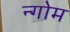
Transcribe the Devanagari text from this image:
न्गोम